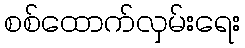
စစ်ထောက်လှမ်းရေး